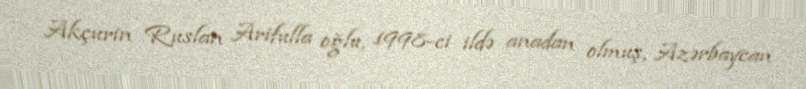
Akçurin Ruslan Arifulla oğlu, 1998-ci ildə anadan olmuş, Azərbaycan